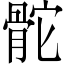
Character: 𩨭